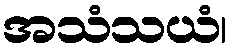
အသံသယံ၊